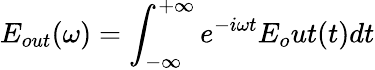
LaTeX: E_{out}(\omega)=\int_{-\infty}^{+\infty}e^{-i\omega t}E_{o}ut(t)dt